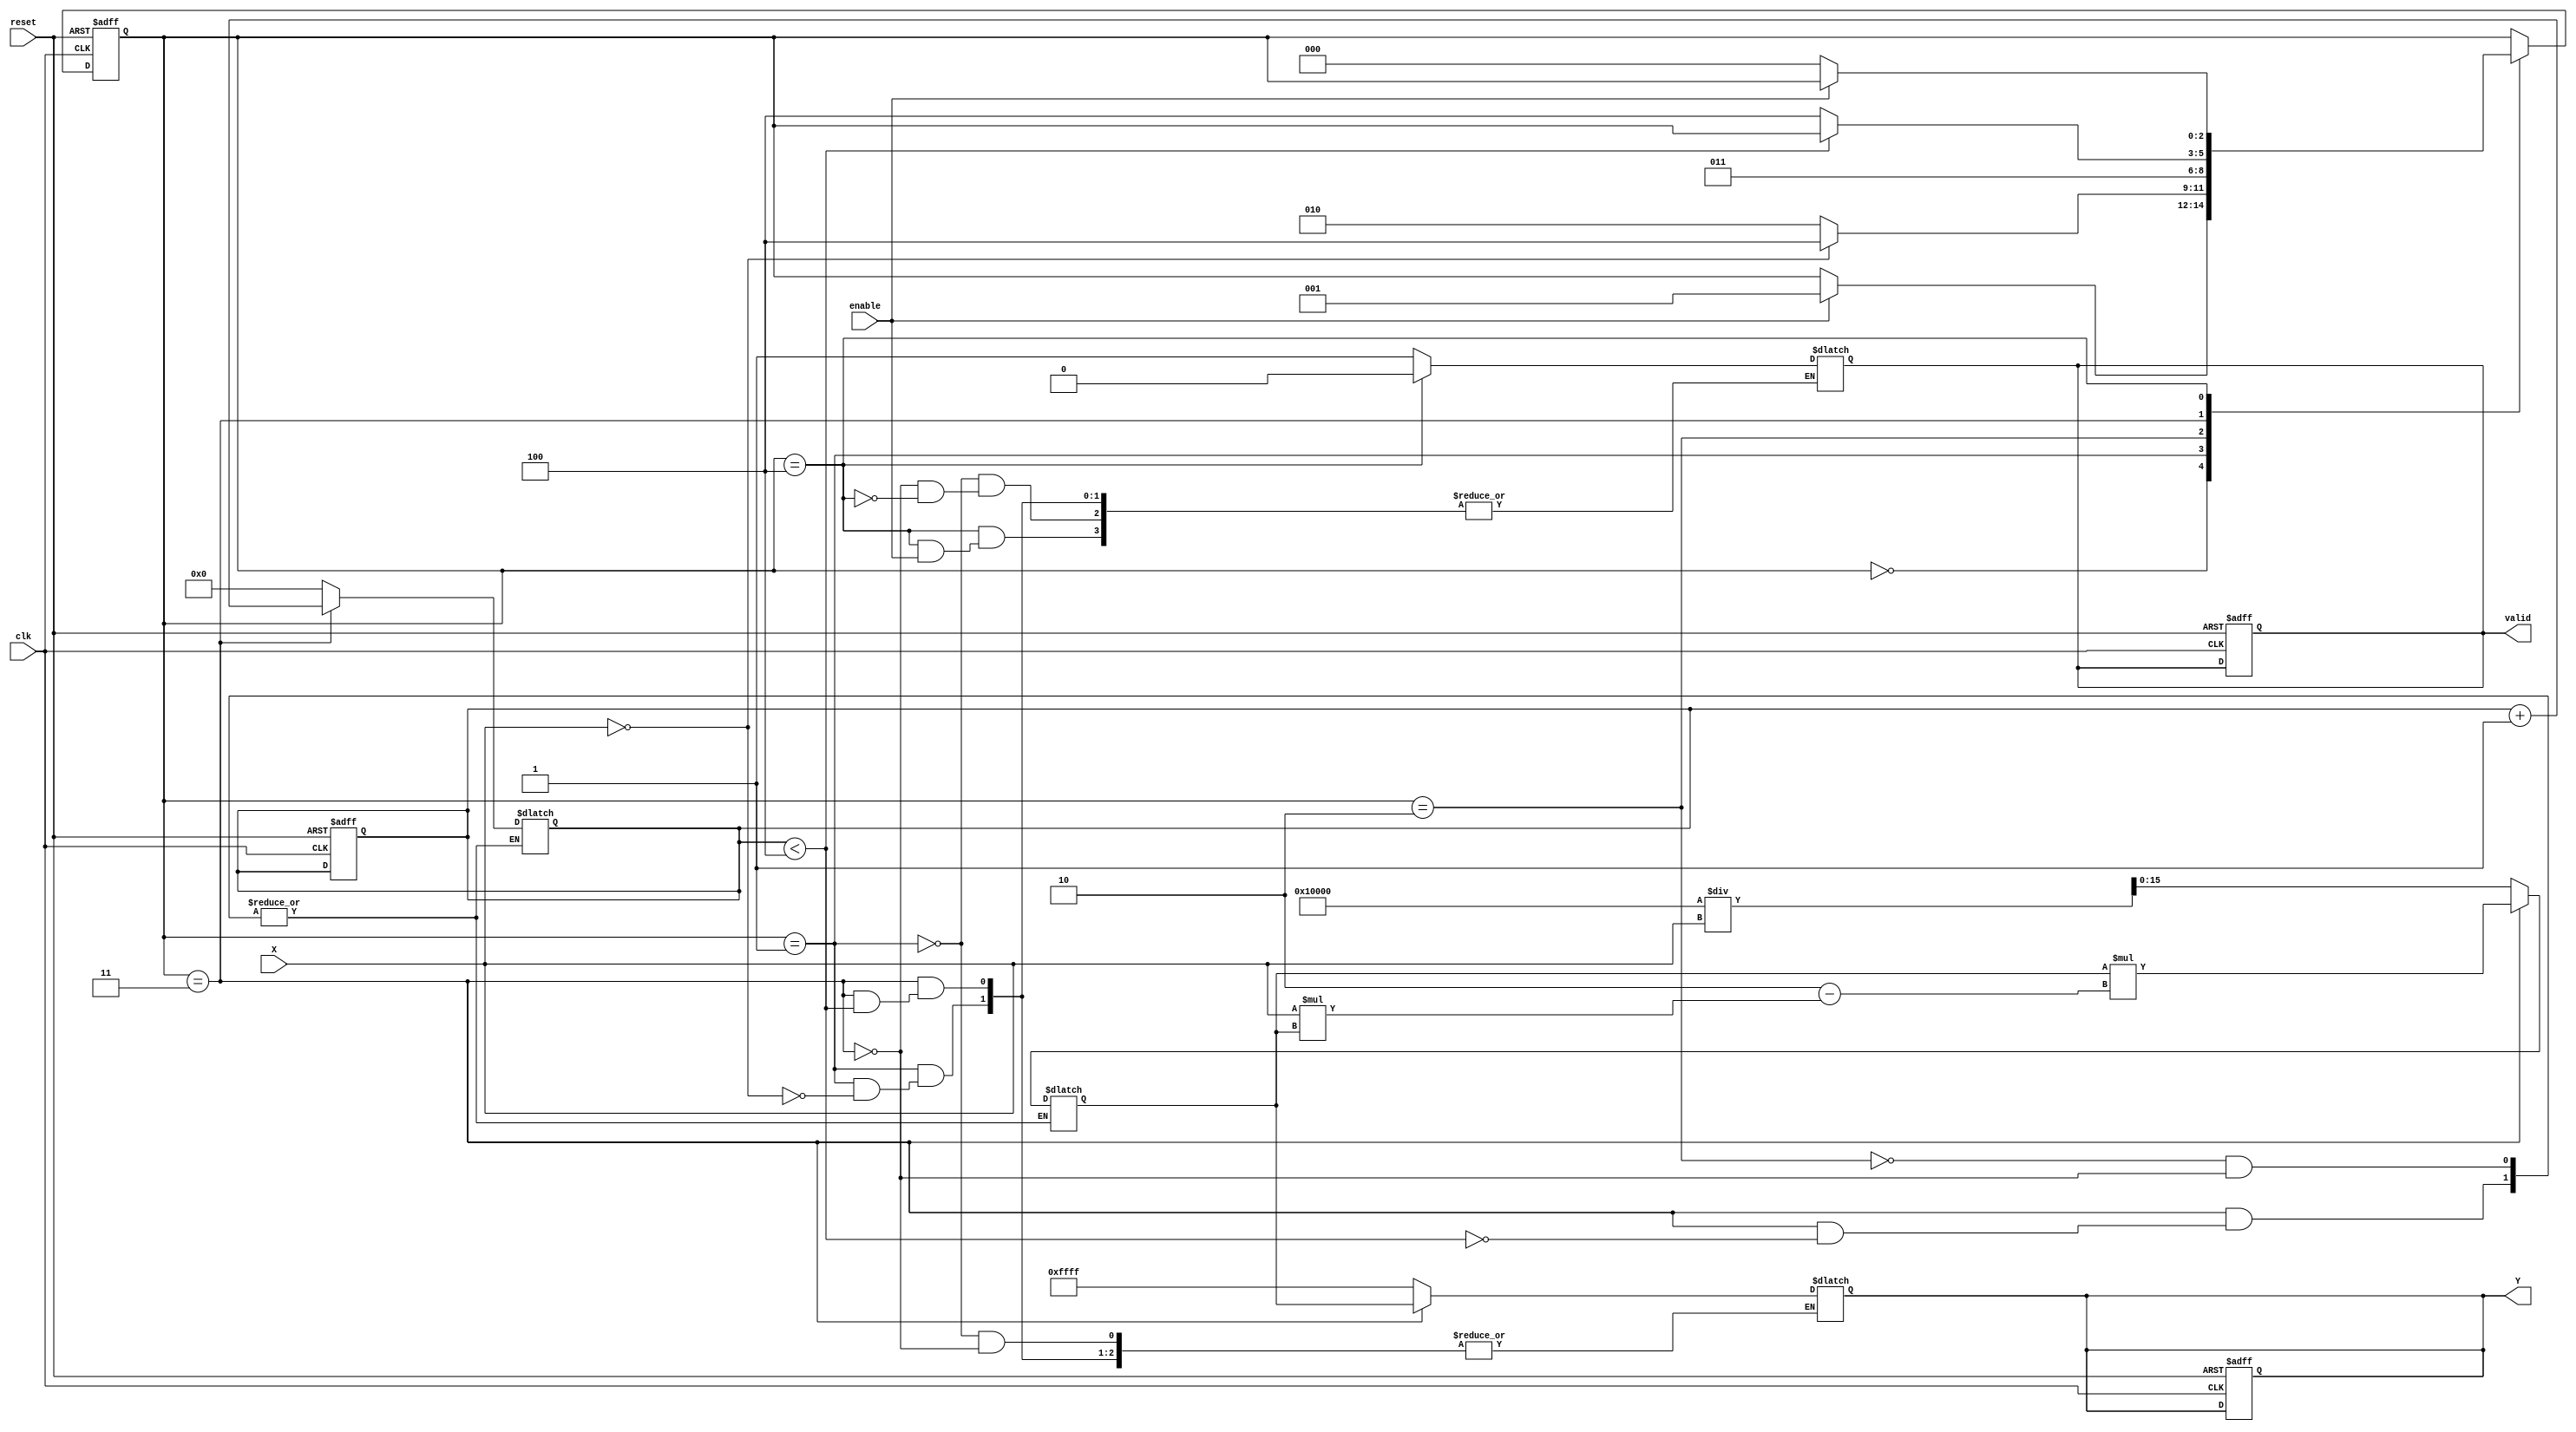
module binary_fractional_reciprocal #(
    parameter N = 16, // Bit-width for input and output
    parameter MAX_VALUE = (1 << N) - 1 // Maximum representable value
)(
    input wire clk,
    input wire reset,
    input wire enable,
    input wire [N-1:0] X, // Input fractional value
    output reg [N-1:0] Y, // Output reciprocal value
    output reg valid // Output valid signal
);

    reg [N-1:0] Y_n; // Current approximation of reciprocal
    reg [2:0] state; // State for the FSM
    reg [2:0] next_state; // Next state for the FSM
    reg [3:0] iteration_count; // Counter for iterations

    localparam IDLE = 3'b000;
    localparam CHECK_ZERO = 3'b001;
    localparam INIT_RECIPROCAL = 3'b010;
    localparam ITERATE = 3'b011;
    localparam DONE = 3'b100;

    always @(posedge clk or posedge reset) begin
        if (reset) begin
            state <= IDLE;
            Y <= 0;
            valid <= 0;
            iteration_count <= 0;
        end else begin
            state <= next_state;
        end
    end

    always @(*) begin
        next_state = state;
        case (state)
            IDLE: begin
                if (enable) begin
                    next_state = CHECK_ZERO;
                end
            end
            CHECK_ZERO: begin
                if (X == 0) begin
                    Y = MAX_VALUE; // Set to max value for zero input
                    valid = 1;
                    next_state = DONE;
                end else begin
                    next_state = INIT_RECIPROCAL;
                end
            end
            INIT_RECIPROCAL: begin
                Y_n = (1 << N) / X; // Initial guess (1/X)
                iteration_count = 0;
                next_state = ITERATE;
            end
            ITERATE: begin
                if (iteration_count < 4) begin // Limit iterations for precision
                    Y_n = Y_n * (2 - X * Y_n); // Newton-Raphson iteration
                    iteration_count = iteration_count + 1;
                end else begin
                    Y = Y_n; // Final result
                    valid = 1;
                    next_state = DONE;
                end
            end
            DONE: begin
                if (!enable) begin
                    valid = 0; // Reset valid signal when not enabled
                    next_state = IDLE;
                end
            end
        endcase
    end

endmodule